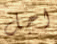
اجل